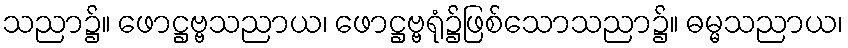
သညာ၌။ ဖောဋ္ဌဗ္ဗသညာယ၊ ဖောဋ္ဌဗ္ဗရုံ၌ဖြစ်သောသညာ၌။ ဓမ္မသညာယ၊